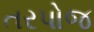
તરપોજ